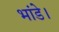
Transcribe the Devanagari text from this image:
भांडे।